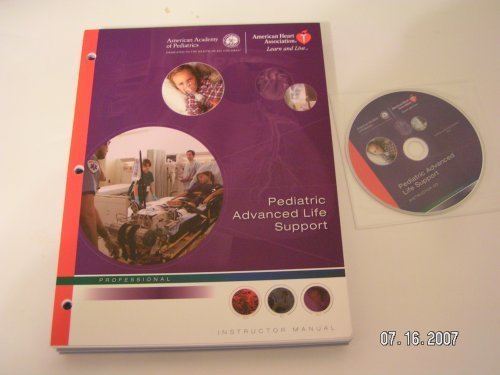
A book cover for Pediatric Advanced Life Support: Instructor Manual; American Heart Association; Health, Fitness & Dieting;